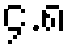
၄.၈